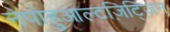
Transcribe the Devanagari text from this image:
नेपोहुआल्टज़िट्ज़िन